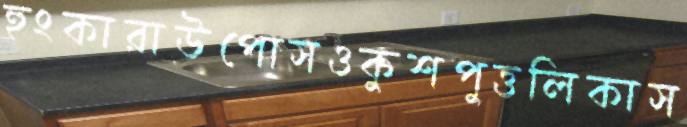
হুংকারাউপোসওকুশপুত্তলিকাস